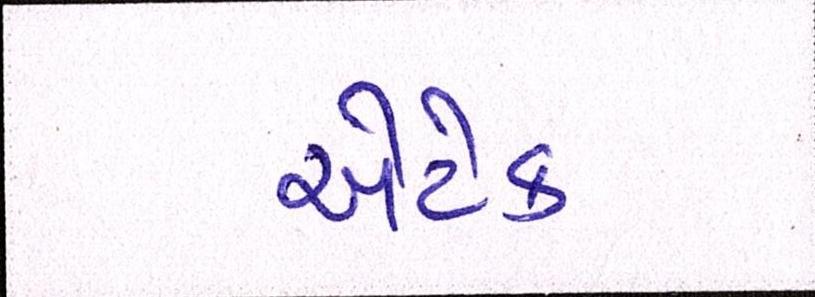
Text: એટેક